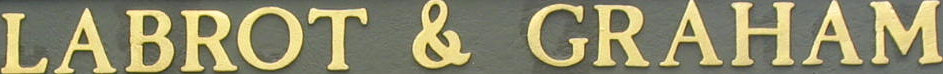
LABROT & GRAHAM